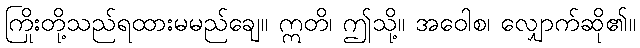
ကြိုးတို့သည်ရထားမမည်ချေ။ ဣတိ၊ ဤသို့။ အဝေါစ၊ လျှောက်ဆို၏။